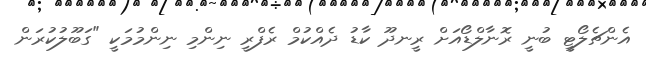
އެންޗެލޯޓީ ބުނީ ރޮނާލްޑޯއަށް ރީނދޫ ކާޑު ދެއްކުމް ރެފްރީ ނިންމި ނިންމުމަކީ "ގަބޫލުކުރަން